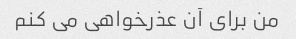
من برای آن عذرخواهی می کنم